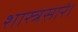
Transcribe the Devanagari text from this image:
शास्त्रसारं।